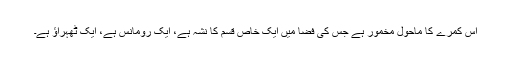
اس کمرے کا ماحول مخمور ہے جس کی فضا میں ایک خاص قسم کا نشہ ہے، ایک رومانس ہے، ایک ٹھہراؤ ہے۔